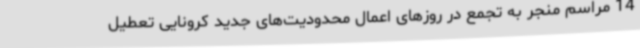
14 مراسم منجر به تجمع در روزهای اعمال محدودیت‌های جدید کرونایی تعطیل